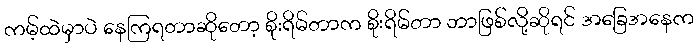
ကမ့်ထဲမှာပဲ နေကြရတာဆိုတော့ စိုးရိမ်တာက စိုးရိမ်တာ ဘာဖြစ်လို့ဆိုရင် အခြေအနေက